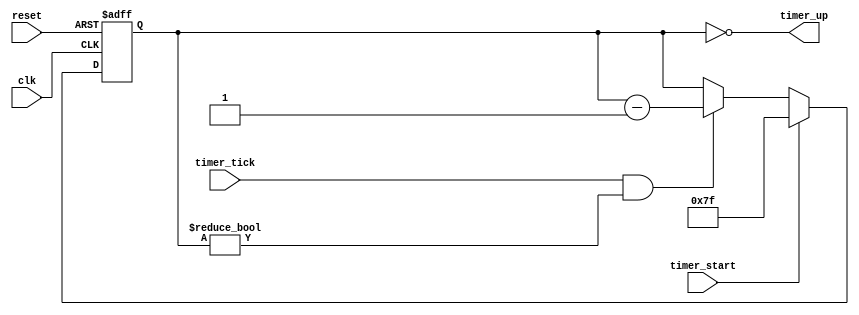
// Listing 14.9
module timer
   (
    input wire clk, reset,
    input wire timer_start, timer_tick,
    output wire timer_up
   );

   // signal declaration
   reg [6:0] timer_reg, timer_next;

   // registers
   always @(posedge clk, posedge reset)
      if (reset)
         timer_reg <= 7'b1111111;
      else
         timer_reg <= timer_next;

   // next-state logic
   always @*
      if (timer_start)
         timer_next = 7'b1111111;
      else if ((timer_tick) && (timer_reg != 0))
         timer_next = timer_reg - 1;
      else
         timer_next = timer_reg;
   // output
   assign timer_up = (timer_reg==0);

endmodule